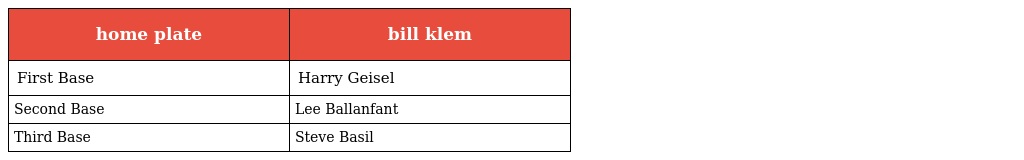
| home plate | bill klem |
 | --- | --- |
 | First Base | Harry Geisel |
 | Second Base | Lee Ballanfant |
 | Third Base | Steve Basil |